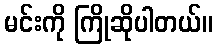
မင်းကို ကြိုဆိုပါတယ်။